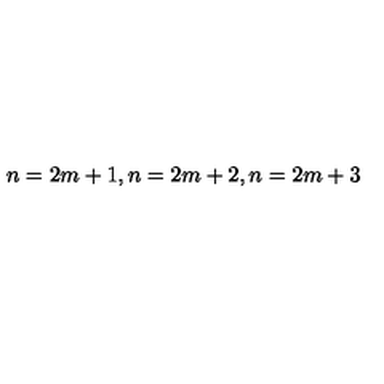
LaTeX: n = 2 m + 1 , n = 2 m + 2 , n = 2 m + 3